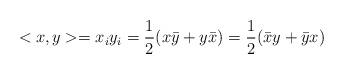
LaTeX: \begin{align*}<x,y>=x_i y_i=\frac{1}{2}(x\bar{y} + y \bar{x})=\frac{1}{2}(\bar{x} y + \bar{y} x)\end{align*}